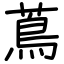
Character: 蔦